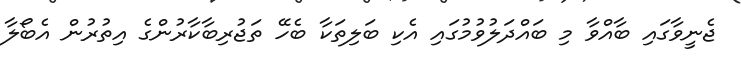
ޖެނީވާގައި ބާއްވާ މި ބައްދަލުވުމުގައި އެކި ބަލިތަކާ ބެހޭ ތަޖުރިބާކާރުންގެ އިތުރުން އެބޯލާ